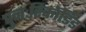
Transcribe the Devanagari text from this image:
पुनःरिकॉर्डिड